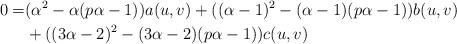
LaTeX: \begin{align*}0=&(\alpha^{2}-\alpha(p\alpha-1))a(u,v)+((\alpha-1)^{2}-(\alpha-1)(p\alpha-1))b(u,v)\\&+((3\alpha-2)^{2}-(3\alpha-2)(p\alpha-1))c(u,v)\end{align*}